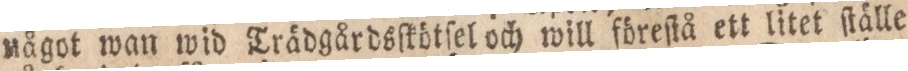
något wan wid Trädgårdsſkötſel och will föreſtå ett litet ſtälle